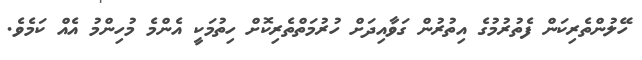
ހޭލުންތެރިކަން ފެތުރުމުގެ އިތުރުން ގަވާއިދަށް ހުރުމަތްތެރިކޮށް ހިތުމަކީ އެންމެ މުހިންމު އެއް ކަމެވެ.